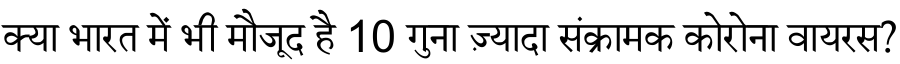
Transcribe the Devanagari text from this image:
क्या भारत में भी मौजूद है 10 गुना ज़्यादा संक्रामक कोरोना वायरस?